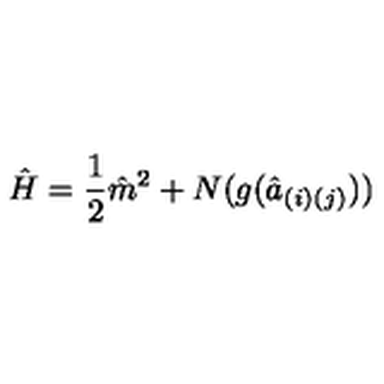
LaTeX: { \hat { H } } = { \frac { 1 } { 2 } } { \hat { m } } ^ { 2 } + N ( g ( { \hat { a } } _ { ( i ) ( j ) } ) )